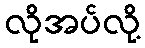
လိုအပ်လို့